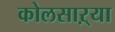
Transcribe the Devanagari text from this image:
कोलसाऱ्या